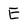
Character: E